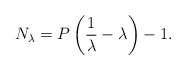
\begin{align*}N_\lambda=P\left(\frac{1}{\lambda}-\lambda\right)-1.\end{align*}